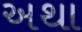
અથા